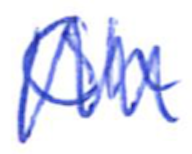
Text: Oh
Cross-out: zig-zag
Writing tool: ballpoint